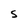
Character: S